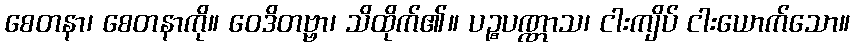
စေတနာ၊ စေတနာကို။ ဝေဒိတဗ္ဗာ၊ သိထိုက်၏။ ပဉ္စပဏ္ဏာသ၊ ငါးကျိပ် ငါးယောက်သော။